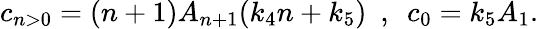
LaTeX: c_{n>0}=(n+1)A_{n+1}(k_{4}n+k_{5})~~,~~c_{0}=k_{5}A_{1}.